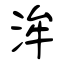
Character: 洠